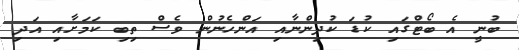
ބުނީ އެ ބޯޓްގައި ކުޑަ ކުދިންނާއި އަންހެނުން ވެސް ތިބި ކަމަށާއި އަދި